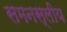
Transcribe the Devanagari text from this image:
समनस्लीय